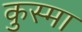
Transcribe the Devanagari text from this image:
कुस्मा